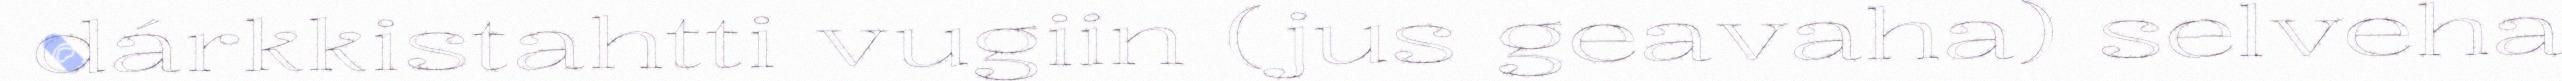
dárkkistahtti vugiin (jus geavaha) selveha